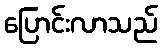
ပြောင်းလာသည်